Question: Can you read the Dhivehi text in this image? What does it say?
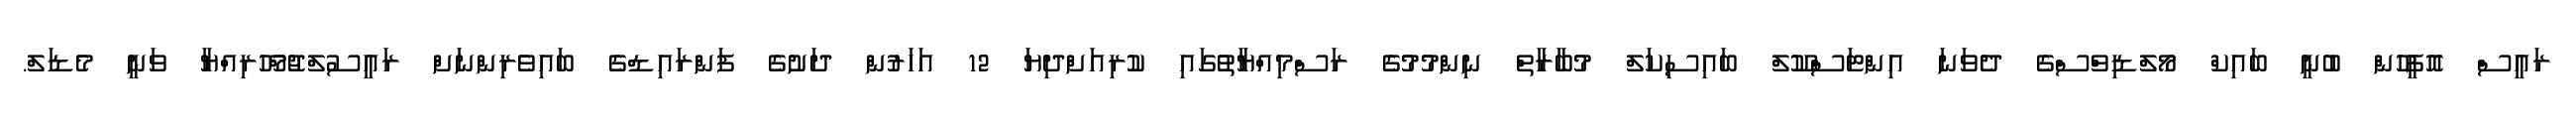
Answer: ރައީސް އޮފީހުން ބުނީ ބައިކް މޯލްޑިވްސްގެ ދެވަނަ އިންޓަސްކޫލް ބައިސިކަލް މުބާރާތް ނިންމުމުގެ ރަސްމިއްޔާތުގައި ކުރިއަށްދިޔަ 12 އަހަރުން ދަށުގެ ފަންރައިޑްގެ ބައިވެރިންނަށް ރައީސުލްޖުމްހޫރިއްޔާ ވަނީ މެޑަލް.